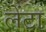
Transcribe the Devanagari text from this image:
लेंटा